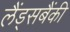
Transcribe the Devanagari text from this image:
लैंड्सबैंकी